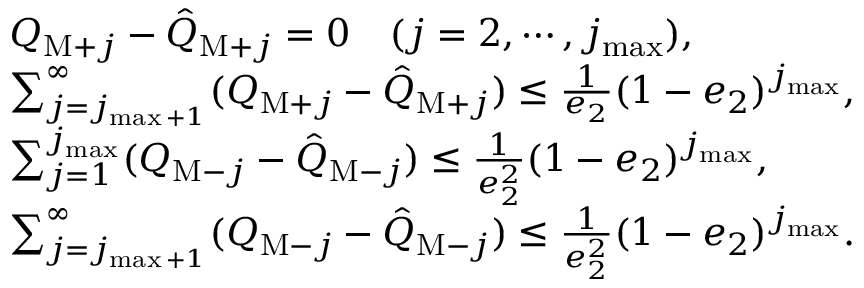
\begin{array} { r l } & { Q _ { \mathrm { M } + j } - \hat { Q } _ { \mathrm { M } + j } = 0 \quad ( j = 2 , \cdots , j _ { \operatorname* { m a x } } ) , } \\ & { \sum _ { j = j _ { \operatorname* { m a x } + 1 } } ^ { \infty } ( Q _ { \mathrm { M } + j } - \hat { Q } _ { \mathrm { M } + j } ) \le \frac { 1 } { e _ { 2 } } ( 1 - e _ { 2 } ) ^ { j _ { \operatorname* { m a x } } } , } \\ & { \sum _ { j = 1 } ^ { j _ { \operatorname* { m a x } } } ( Q _ { \mathrm { M } - j } - \hat { Q } _ { \mathrm { M } - j } ) \le \frac { 1 } { e _ { 2 } ^ { 2 } } ( 1 - e _ { 2 } ) ^ { j _ { \operatorname* { m a x } } } , } \\ & { \sum _ { j = j _ { \operatorname* { m a x } + 1 } } ^ { \infty } ( Q _ { \mathrm { M } - j } - \hat { Q } _ { \mathrm { M } - j } ) \le \frac { 1 } { e _ { 2 } ^ { 2 } } ( 1 - e _ { 2 } ) ^ { j _ { \operatorname* { m a x } } } . } \end{array}